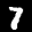
Label: 7